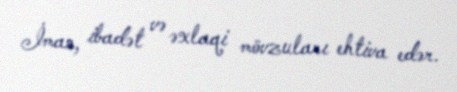
İman, ibadət və əxlaqi mövzuları ehtiva edər.